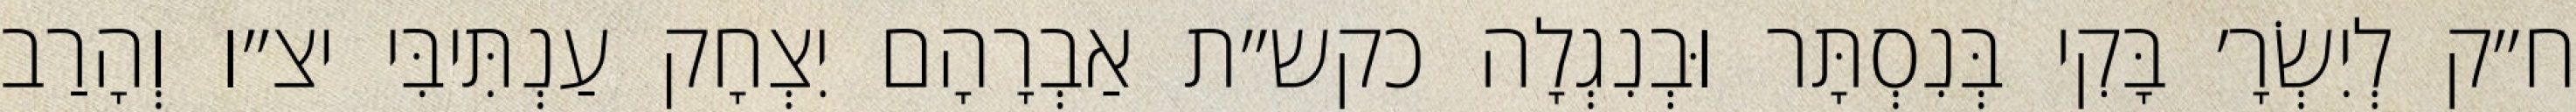
ח״ק לְיִשְׂרָ׳ בָּקִי בְּנִסְתָּר וּבְנִגְלָה כקש״ת אַבְרָהָם יִצְחָק עַנְתִּיבִּי יצ״ו וְהָרַב